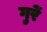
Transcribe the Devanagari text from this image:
गुरें